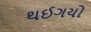
થઈગયો